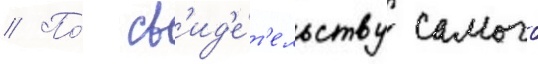
// По́ св'ид'е́т'ельству самого